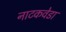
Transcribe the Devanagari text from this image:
नाटकवेडा